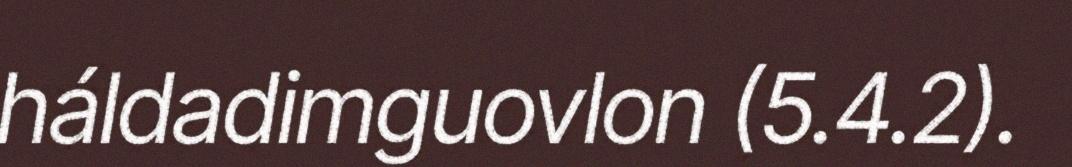
háldadimguovlon (5.4.2).